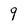
Character: 9